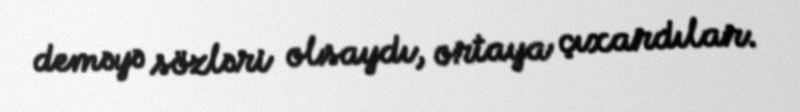
deməyə sözləri olsaydı, ortaya çıxardılar.